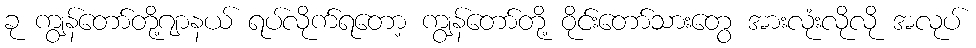
ခု ကျွန်တော်တို့ဂျာနယ် ရပ်လိုက်ရတော့ ကျွန်တော်တို့ ဝိုင်းတော်သားတွေ အားလုံးလိုလို အလုပ်